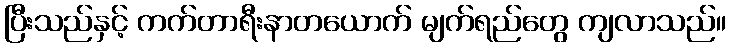
ပြီးသည်နှင့် ကက်တာရီးနာတယောက် မျက်ရည်တွေ ကျလာသည်။